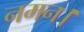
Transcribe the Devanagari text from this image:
नमन।